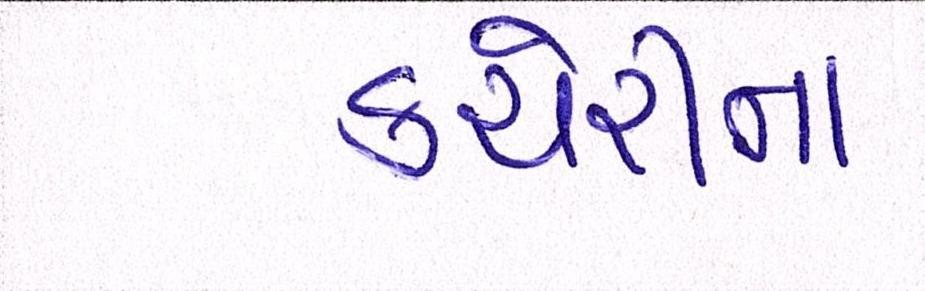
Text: કચેરીના